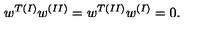
w ^ { T ( I ) } w ^ { ( I I ) } = w ^ { T ( I I ) } w ^ { ( I ) } = 0 .